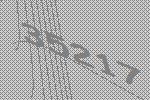
35217